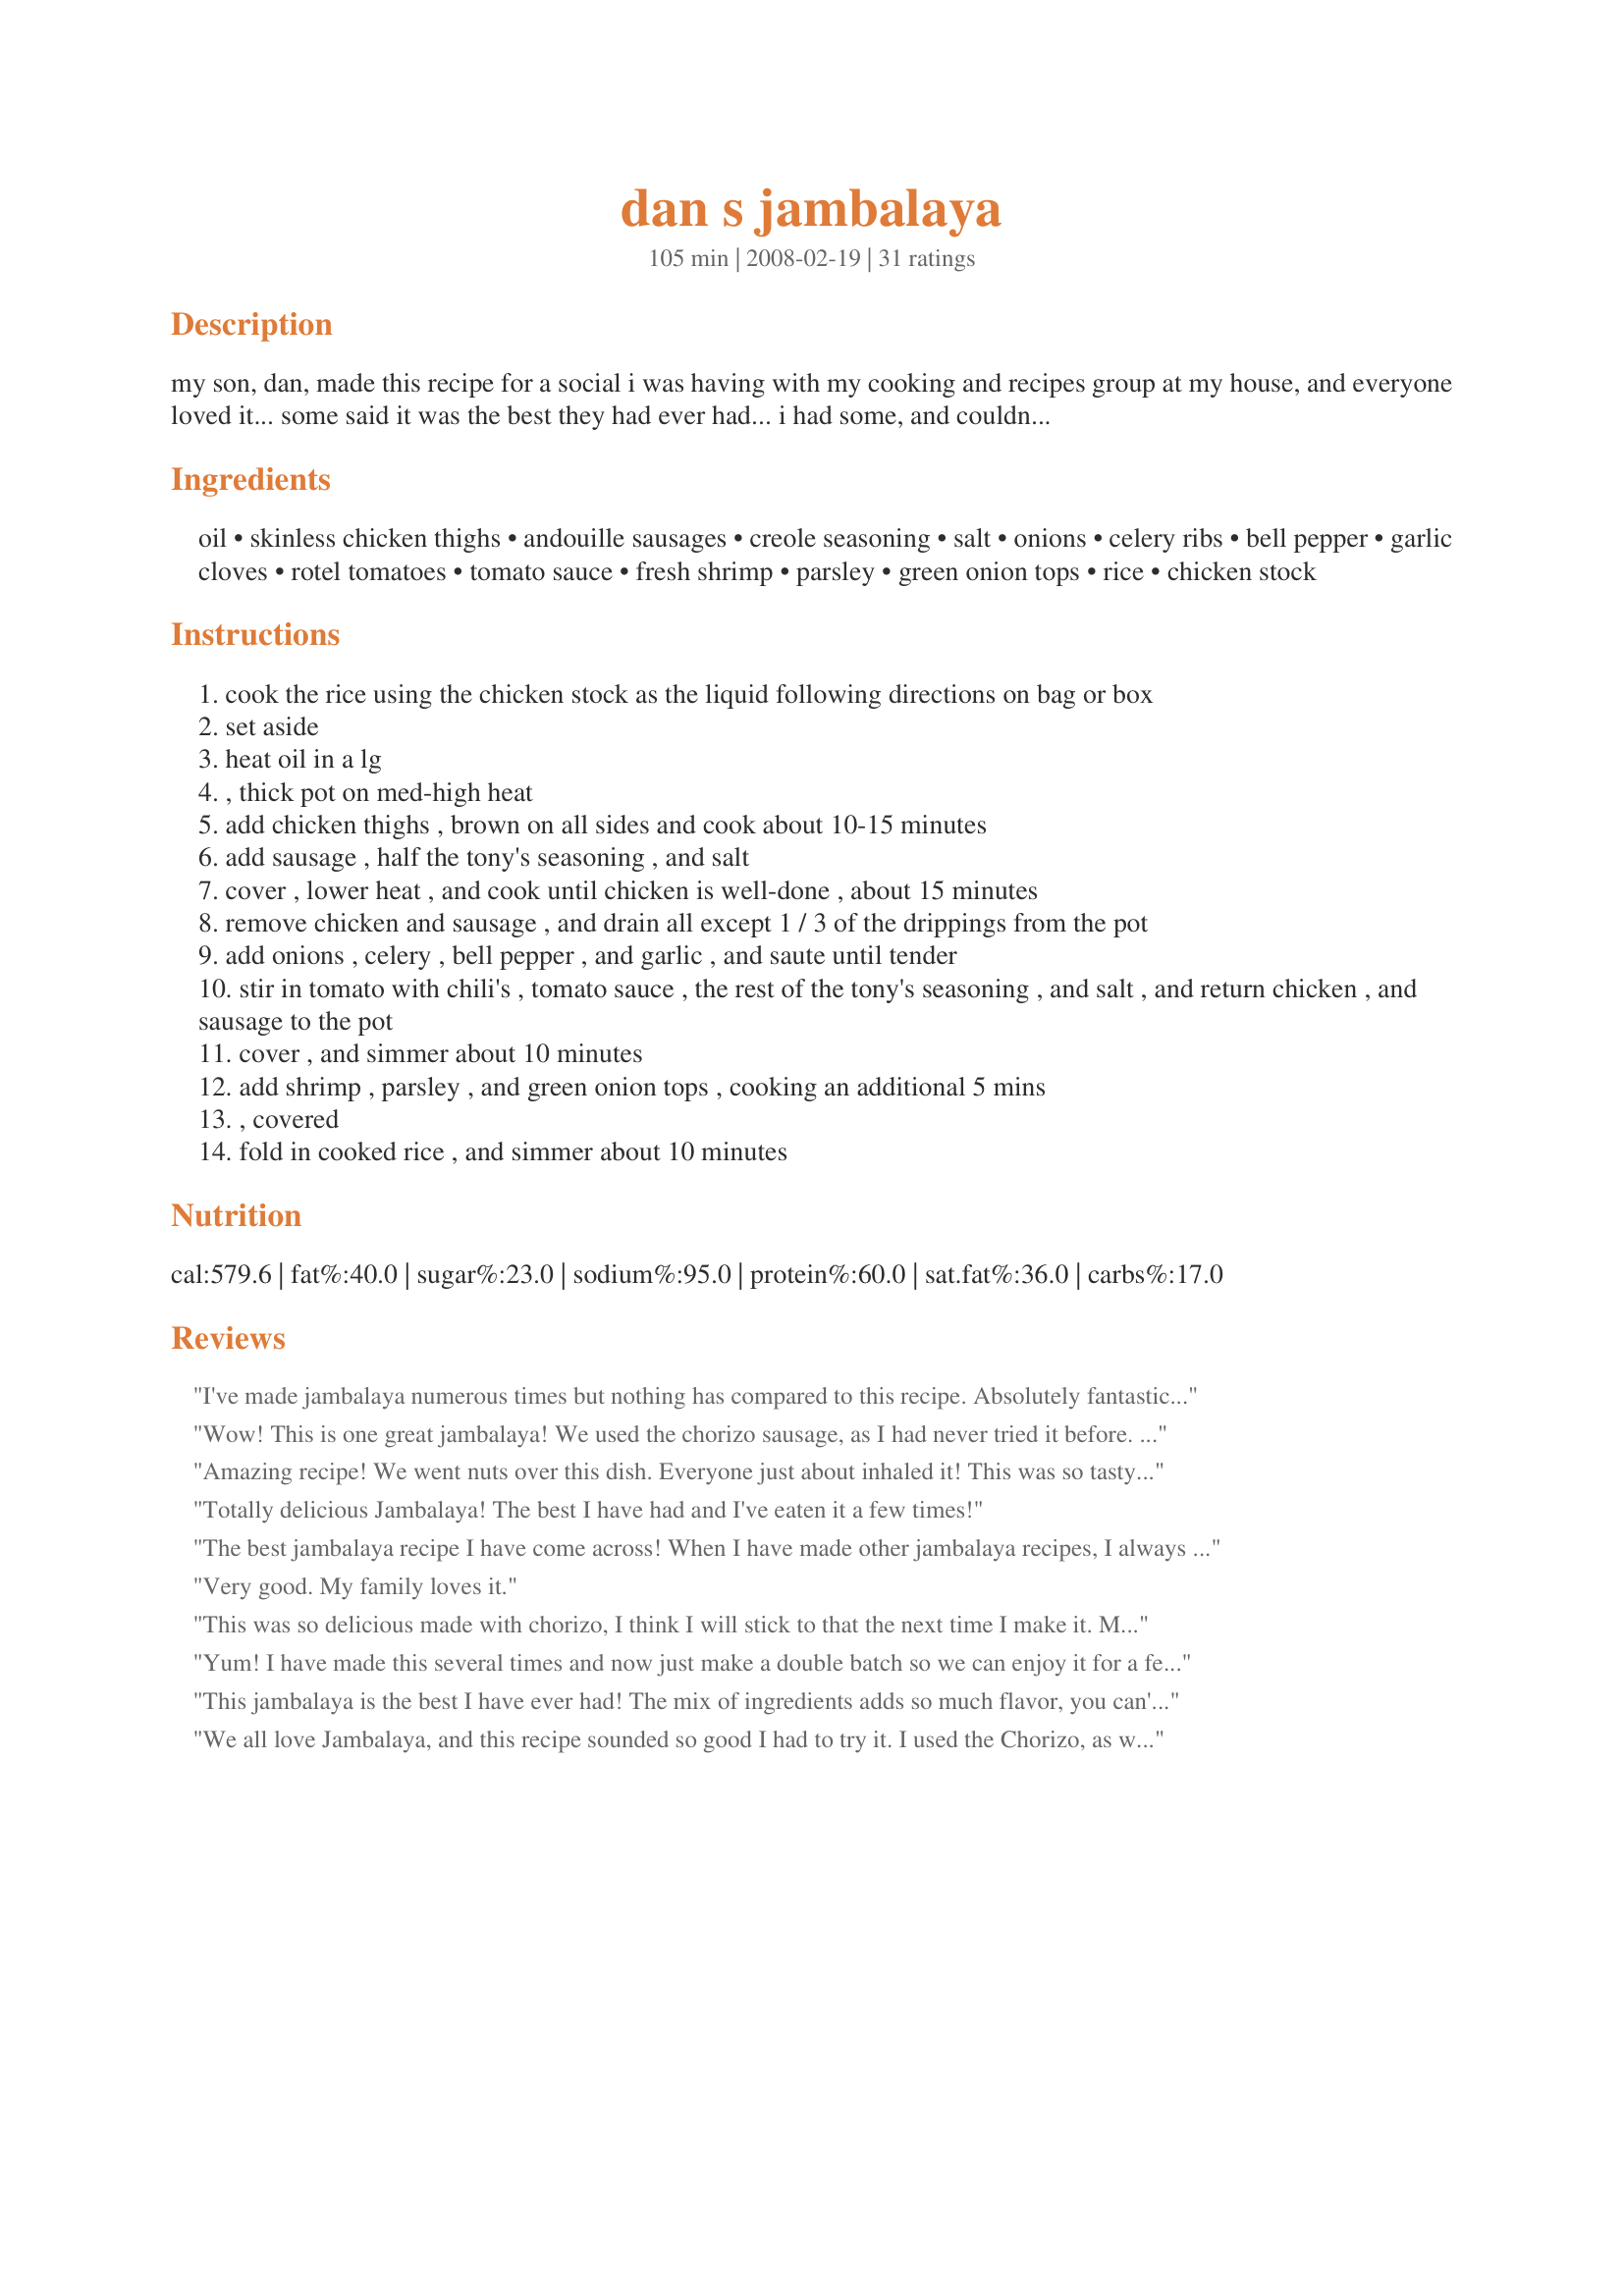
dan s jambalaya
Preparation time: 105 minutes

my son, dan, made this recipe for a social i was having with my cooking and recipes group at my house, and everyone loved it... some said it was the best they had ever had... i had some, and couldn't leave it alone... it really is incredibly delicious! try it and see for yourself!

Ingredients:
oil, skinless chicken thighs, andouille sausages, creole seasoning, salt, onions, celery ribs, bell pepper, garlic cloves, rotel tomatoes, tomato sauce, fresh shrimp, parsley, green onion tops, rice, chicken stock

Steps:
cook the rice using the chicken stock as the liquid following directions on bag or box
set aside
heat oil in a lg
, thick pot on med-high heat
add chicken thighs , brown on all sides and cook about 10-15 minutes
add sausage , half the tony's seasoning , and salt
cover , lower heat , and cook until chicken is well-done , about 15 minutes
remove chicken and sausage , and drain all except 1 / 3 of the drippings from the pot
add onions , celery , bell pepper , and garlic , and saute until tender
stir in tomato with chili's , tomato sauce , the rest of the tony's seasoning , and salt , and return chicken , and sausage to the pot
cover , and simmer about 10 minutes
add shrimp , parsley , and green onion tops , cooking an additional 5 mins
, covered
fold in cooked rice , and simmer about 10 minutes

Reviews:
I've made jambalaya numerous times but nothing has compared to this recipe. Absolutely fantastic!!! Thanks Dan.
Wow! This is one great jambalaya! We used the chorizo sausage, as I had never tried it before. Everyone went back for seconds and thirds! This makes quite a bit, but we were glad it did because one serving never would have been enough for us!! I will be passing this one on to others to enjoy.
Amazing recipe! We went nuts over this dish. Everyone just about inhaled it! This was so tasty and we used the chorizo as I couldn't find the andouille sausage. This is going into my favorites and I have already passed it on to 2 of my neighbors to try. Thanks Linda!
Totally delicious Jambalaya! The best I have had and I've eaten it a few times!
The best jambalaya recipe I have come across! When I have made other jambalaya recipes, I always had problems with the rice burning at the bottom of the pan - but since the rice is cooked separately and mixed with other ingredients after cooking, that problem disappeared! Thanks, Linda!
Very good. My family loves it.
This was so delicious made with chorizo, I think I will stick to that the next time I make it. My whole family and company ate this like it was their last meal! Another amazing recipe from zaar!
Yum! I have made this several times and now just make a double batch so we can enjoy it for a few days. I have followed the recipe exactly and it is delicious. Thanks!
This jambalaya is the best I have ever had! The mix of ingredients adds so much flavor, you can't stop eating it once you start! I have made it with both the andouille sausge and the chorizo, and I think we favor the chorizo, but either is really good!
We all love Jambalaya, and this recipe sounded so good I had to try it. I used the Chorizo, as we all love the flavor of it. The spices were perfectly balanced and consequently the Jambalaya was packed with lots of flavor. Not too hot, for the faint of heart, just perfect. This dish will have you going back for seconds, guaranteed! AWESOME!
Hey Aunt Linda.... I made Dan's Jambalaya the other night and you tell him it is unfreakin believable! We loved it! Just finished up the leftovers Mike
We made this a few days ago and it was really good. Our only changes were using Hillshire Farms Smoked Sausage in place of the chorizo, and chives instead of the onion tops, and we omitted the shrimp this time (although we really want to try it with the shrimp, now!) I thought it was great, my guy loves his stuff really hot so he added a few shakes of Louisianna Hot Sauce to his plate and he announced it was perfect. This morning he finished off the leftovers, wrapped up in a tortilla. We'll be making this again soon!
VERy good! My husband is a native cajun and he raved about this! No leftovers tonight! And it only served 6 adult bowls. So if you think it makes a lot, it's really not that much! :) Btw, I didn't add the rice in with everything else, we served the dish over the rice in a bowl. This keeps the dish from getting dry.
Fantastic. The aroma itself sends those who dwell within a runnin', hungry or not. I would cook the chorizo before cutting into slices. Mine, when added to the chicken, turned to goo, and lost it's form. Still a marvelous dish.
Wow this is SO good! I used to live in N'awlins and this was a delicious firey feast. Not too hot, but just right thanks to the chorizo and Tony's (which I had to go to 4 stores to find!). I had to remove the casing from my chorizo, so it was more of a crumbled texture rather than coins, but I think I prefer it this way. I followed the recipe exactly except for omitting the 3rd tsp of salt - and honestly I think I could have omitted all of it - and I also added about a cup of chicken broth to make it a little saucier as we like it. I didn't mix in the rice either because I like to keep it less dry. Thanks for the amazing recipe, Linda! I will never have to use another thank to you :)
I have been wanting to try this recipe since I saw it first posted, and finally did. My wife and I went nuts over this! Even my young son loved it! Spicy, but not too spicy for the faint of heart, just right, and flavors that can only be explained when you take the first bite. It deserves way more than 5 stars, more like 500! Thanks for sharing. Don
I made this last night and just finished the leftovers. I had expected to think that it was OK, but it was fabulous. I used a chipotle sausage and chicken breasts. I left out the tomato sauce because I didn't have any. I also made my own cajun seasoning and used converted rice. Just wonderful, good job Dan and thank you Linda for posting.
I made this for a pot luck at work and everyone loved it!!!<br/>I was worried that I wouldn't be able to find some of the ingredients at my local market but I did all except for the sasuage. I used chorizo and it came out great.
Outstanding recipe! My family inhaled this and can't wait to have it again real soon. Six of us give it 5 stars a piece, so that means 30 stars for this one! Made as recipe states and would not change a thing in this recipe. Best Jambalaya we have ever had! So tasty, and just the right amount of everything. Perfect!
I can't believe I forgot to review this, we LOVED it!!! Very easy and GREAT!!!<br/>Thank Dan for me and thanks Linda for sharing with us!!
The flavors in this Jambalaya does Louisiana proud. Great recipe Dan! The combination of spices and flavors from the meats were just wonderful. Even the kiddos loved this one. This is going in my favorites to have again soon. Excellent recipe!
I made this using the chorizo and it was AMAZING! The flavors are so wonderful and blend together so well. I have had a lot of Jambalaya's in my day and this is by far the best we have had!
This was not our taste. I don't particularly care for jambalaya, but my husband loves it, so I made it for him. I have a different recipe that he says he likes better, and we won't be making this again. So sorry, with all the positive reviews I was hoping we would like it better.
Man oh man is this a Killer Jambalaya! My DH decided to help me make it. We used chorizo sausage in place of the andouille, as we love it. This was a really delicious meal! It was spicy but not over the top hot, and it was perfectly seasoned. I served it with fresh baked rolls and it was totally awesome! Thank you!
Although I have a wonderful jambalaya recipe that we've enjoyed for almost 20 years, I was in the mood to experiment. And since my sons also prepare some mean Cajun dishes, this seemed especially appealing. It definitely didn't disappoint! I chose the andouille option and followed instructions to the letter with one exception. We like shrimp much better when cooked in the shells, so I prepared them separately and added at the last minute -- just long enough to heat up. Leftovers were even better, of course, but a little dry, so I added a second can of Rotel when reheating. The extra spiciness just made it perfection! Linda, kudos to Dan for a wonderful dish -- and thanks to you for sharing!
Loved This thanks
This is a good recipe for jambalaya. I used cooked turkey polish sausage in place of the chorizo as that was what I had on hand. I also only used one onion. For the creole seasoning I used "recipe#10596" Thank you for a hit in my house.
Outstanding Jambalaya and you can bet I will be making it again. Hands down the best I have ever had. I used chorizo sausage and it was a hit all the way around my table when I had company!
I had a friend who hadn't been around this part of the country for a long time and begged me to make a jambalaya. I wanted to make it very special, so I started looking for recipies. I found this one and decided to give it a shot. At first, I really thought the tomato sauce would mess up the entire recipe, but it tied it all together PERFECTLY. I only made chicken and sausage. I doubled the sausage and left out the shrimp, and it was AMAZING. Thanks for sharing, and know that I was able to score major with this dinner!!! Kudos X 1000!!!
I made this yesterday in my dutch oven and it was Fantastic!!!! I followed the recipe exactly using the andouille sausage (except omitted salt) and wouldn't change a thing. We didn't add the rice to the pot (personal preference) but served the Jambalaya over the rice and had some crescent rolls. This will me THE recipe I use for Jambalaya in the future.
I made this for a crowd and got rave reviews. Everybody loved it.
I still had quite a bit of food leftover though, so maybe it makes more than 4 servings!
